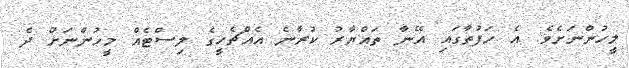
މީހުންނަށެވެ. އެ ހަފުތާގައި އޭނާ ތައްޔާރު ކުރާނެ އެއްޗެހީގެ ލިސްޓެއް މީހުންނަށް ދެ